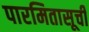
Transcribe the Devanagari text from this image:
पारमितासूची